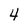
Character: 4